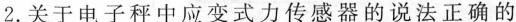
2. 关于电子秤中应变式力传感器的说法正确的